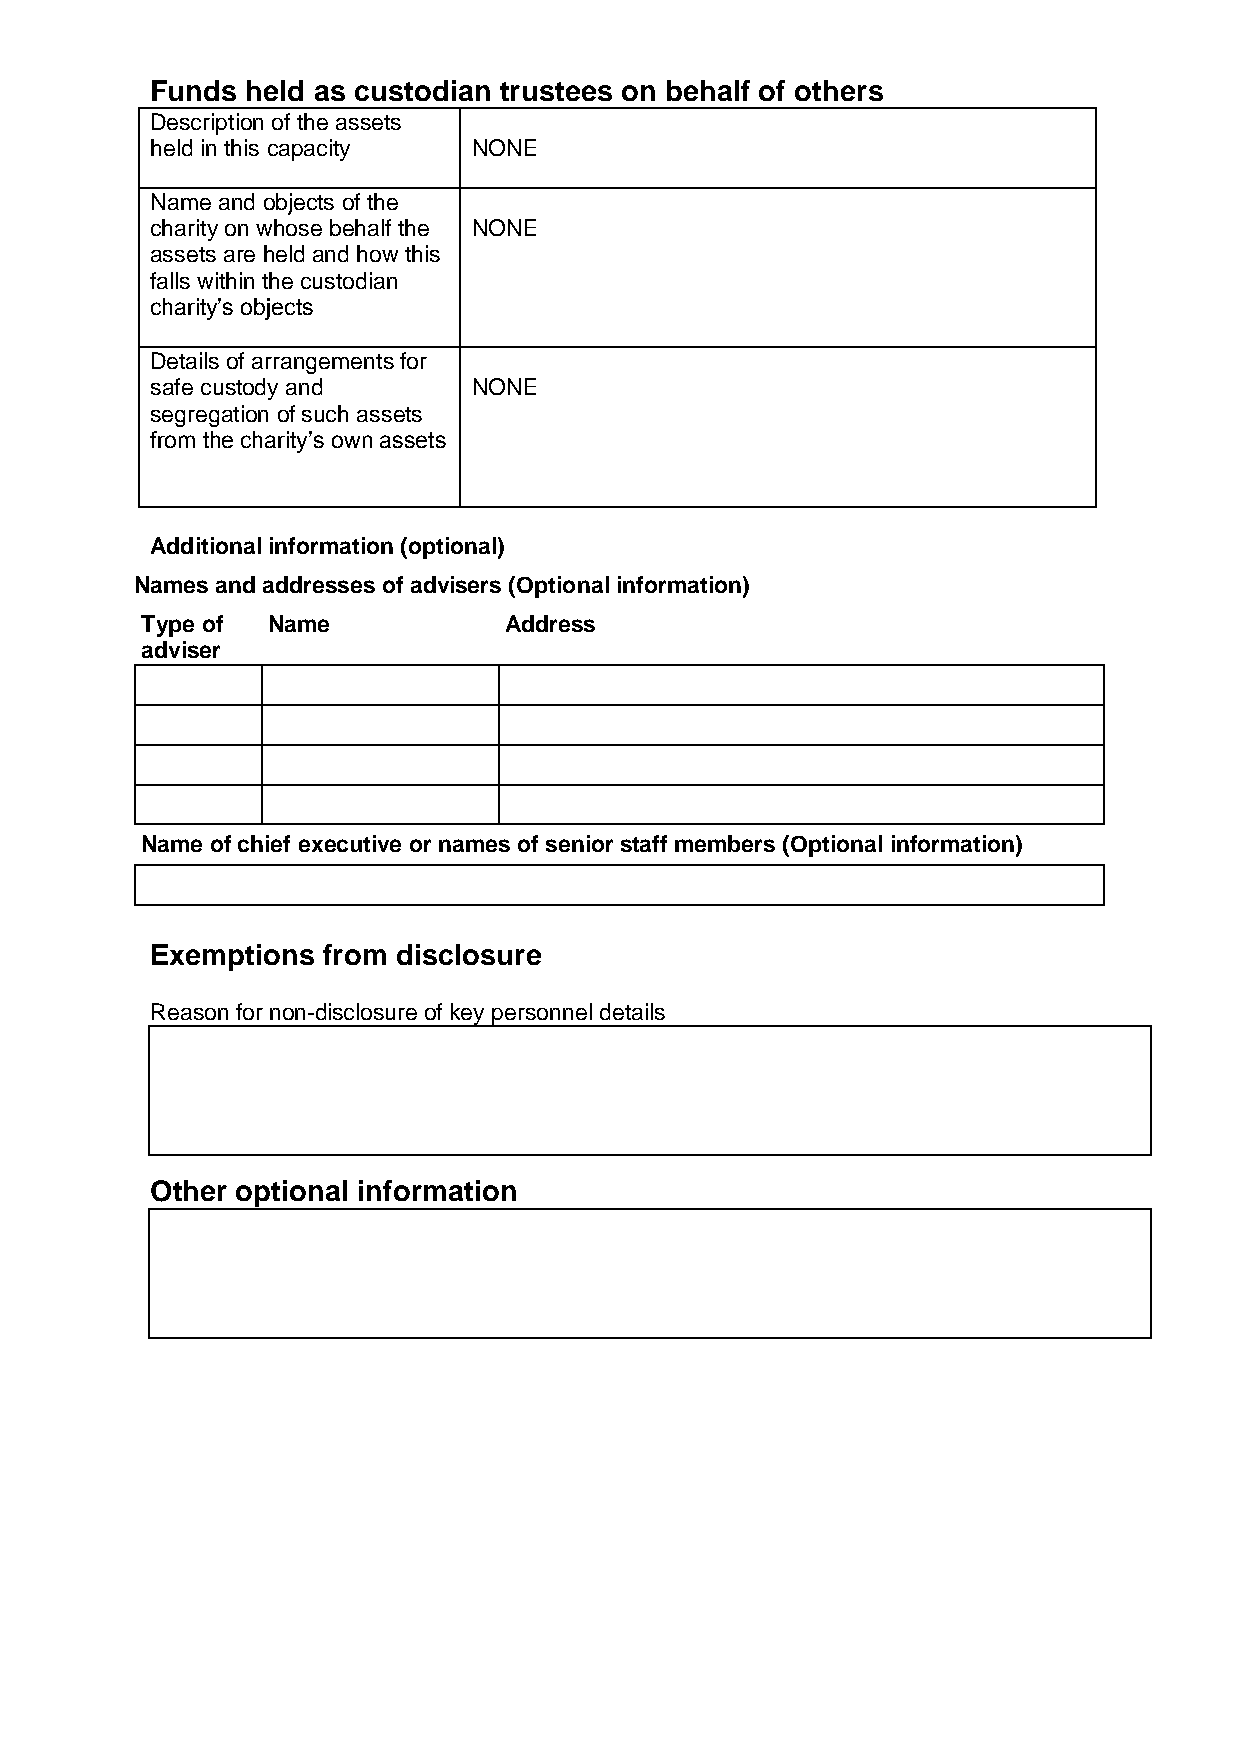
Funds held as custodian trustees on behalf of others
 Description of the assets
 held in this capacity NONE
 Name and objects of the
 charity on whose behalf the NONE
 assets are held and how this
 falls within the custodian
 charity’s objects
 Details of arrangements for
 safe custody and     NONE
 segregation of such assets
 from the charity’s own assets
 Additional information (optional)
 Names and addresses of advisers (Optional information)
 Type of  Name           Address
 adviser
 Name of chief executive or names of senior staff members (Optional information)
 Exemptions from disclosure
 Reason for non-disclosure of key personnel details
 Other optional information